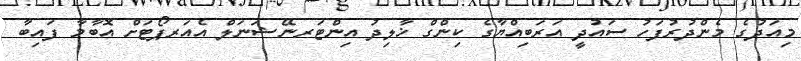
މިއަދުގެ މެންދުރުފަހު ސައުދީ އަރަބިއްޔާގެ ކިންގް ޚާލިދު އިންޓަރނޭޝަނަލް އެއަރޕޯޓަށް އޮބާމާ ފައިބާ